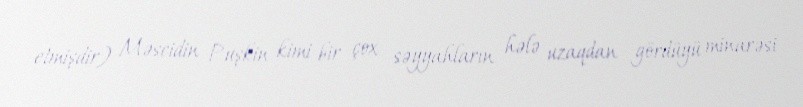
etmişdir) Məscidin Puşkin kimi bir çox səyyahların hələ uzaqdan gördüyü minarəsi